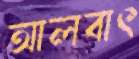
আলবাৎ